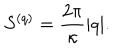
S ^ { ( q ) } = { \frac { 2 \pi } { \kappa } } | q | .